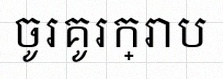
ចូរគូរក្រាប